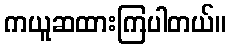
ကယူဆထားကြပါတယ်။